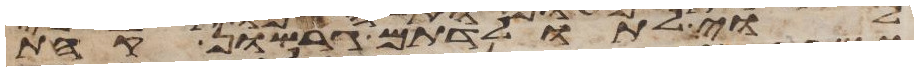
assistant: לוי לתולדתם גרשון קהת